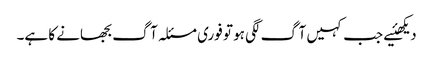
دیکھئیے جب کہیں آگ لگی ہو تو فوری مسئلہ آگ بجھانے کا ہے۔